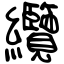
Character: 纜